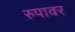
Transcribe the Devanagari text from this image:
रुपावर